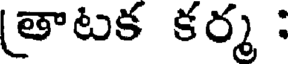
తాటక కర్మ :